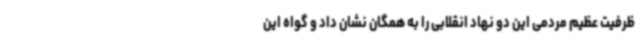
ظرفیت عظیم مردمی این دو نهاد انقلابی را به همگان نشان داد و گواه این